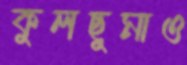
কুলছুমাও